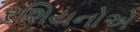
રશિયનોએ